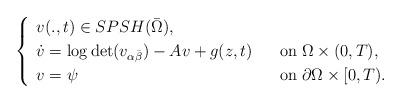
LaTeX: \begin{align*} \begin{cases} \begin{array}{ll} v(.,t)\in SPSH(\bar{\Omega}),\\ \dot{v}=\log\det (v_{\alpha\bar{\beta}})-Av+g(z,t)\;\;\;&\mbox{on}\;\Omega\times (0,T),\\ v=\psi&\mbox{on}\;\partial\Omega\times [0,T).\\ \end{array} \end{cases} \end{align*}